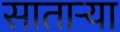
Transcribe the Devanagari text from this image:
सातार्‍या